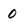
Character: 0